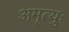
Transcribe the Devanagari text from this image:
अमृत्युः